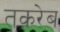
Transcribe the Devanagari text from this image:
तक़रेब